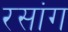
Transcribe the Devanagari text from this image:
रसांग